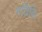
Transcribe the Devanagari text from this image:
गतिकि